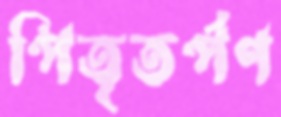
পিতৃতর্পণ